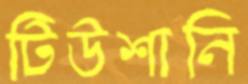
টিউশানি